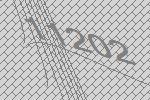
11202